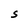
Character: S